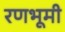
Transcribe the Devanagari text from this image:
रणभूमी